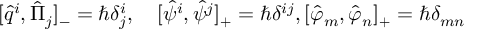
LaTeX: [ \hat { q } ^ { i } , \hat { \Pi } _ { j } ] _ { - } = \hbar \delta _ { j } ^ { i } , \quad [ \hat { \psi } ^ { i } , \hat { \psi } ^ { j } ] _ { + } = \hbar \delta ^ { i j } , [ \hat { \varphi } _ { m } , \hat { \varphi } _ { n } ] _ { + } = \hbar \delta _ { m n }